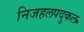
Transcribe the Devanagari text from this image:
निजहलपदुकल